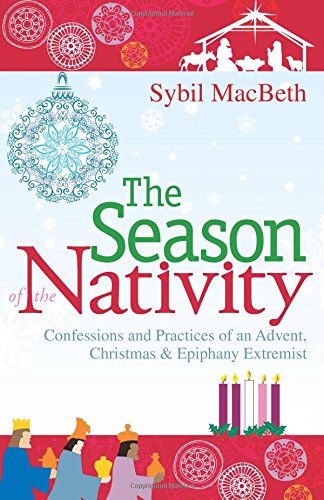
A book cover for The Season of the Nativity: Confessions and Practices of an Advent, Christmas, and Epiphany Extremist; Sybil MacBeth; Christian Books & Bibles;